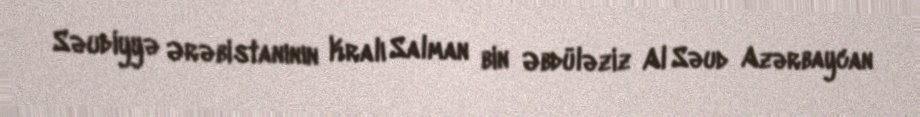
Səudiyyə Ərəbistanının Kralı Salman bin Əbdüləziz Al Səud Azərbaycan